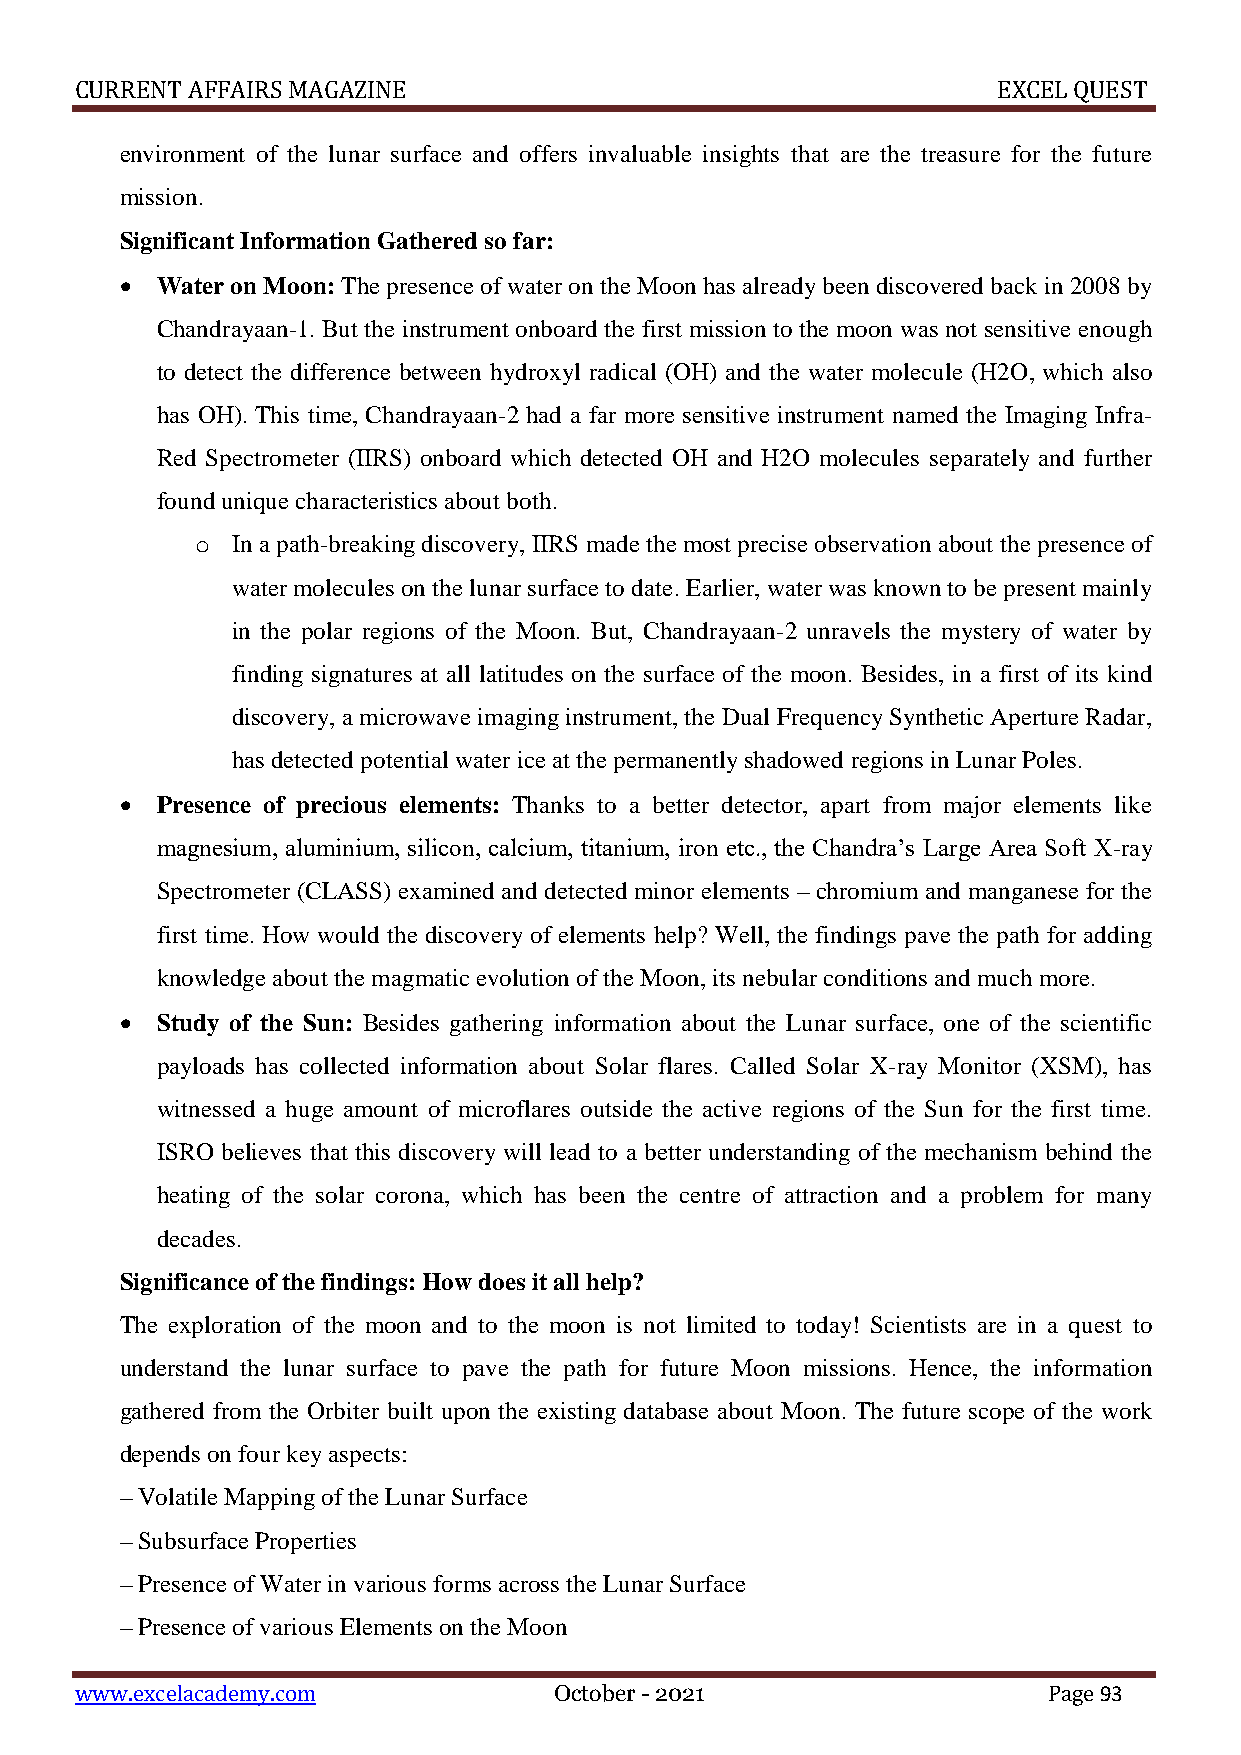
CURRENT AFFAIRS MAGAZINE                                     EXCEL QUEST
 environment of the lunar surface and offers invaluable insights that are the treasure for the future
 mission.
 Significant Information Gathered so far:
  Water on Moon: The presence of water on the Moon has already been discovered back in 2008 by
 Chandrayaan-1. But the instrument onboard the first mission to the moon was not sensitive enough
 to detect the difference between hydroxyl radical (OH) and the water molecule (H2O, which also
 has OH). This time, Chandrayaan-2 had a far more sensitive instrument named the Imaging Infra-
 Red Spectrometer (IIRS) onboard which detected OH and H2O molecules separately and further
 found unique characteristics about both.
 o In a path-breaking discovery, IIRS made the most precise observation about the presence of
 water molecules on the lunar surface to date. Earlier, water was known to be present mainly
 in the polar regions of the Moon. But, Chandrayaan-2 unravels the mystery of water by
 finding signatures at all latitudes on the surface of the moon. Besides, in a first of its kind
 discovery, a microwave imaging instrument, the Dual Frequency Synthetic Aperture Radar,
 has detected potential water ice at the permanently shadowed regions in Lunar Poles.
  Presence of precious elements: Thanks to a better detector, apart from major elements like
 magnesium, aluminium, silicon, calcium, titanium, iron etc., the Chandra’s Large Area Soft X-ray
 Spectrometer (CLASS) examined and detected minor elements – chromium and manganese for the
 first time. How would the discovery of elements help? Well, the findings pave the path for adding
 knowledge about the magmatic evolution of the Moon, its nebular conditions and much more.
  Study of the Sun: Besides gathering information about the Lunar surface, one of the scientific
 payloads has collected information about Solar flares. Called Solar X-ray Monitor (XSM), has
 witnessed a huge amount of microflares outside the active regions of the Sun for the first time.
 ISRO believes that this discovery will lead to a better understanding of the mechanism behind the
 heating of the solar corona, which has been the centre of attraction and a problem for many
 decades.
 Significance of the findings: How does it all help?
 The exploration of the moon and to the moon is not limited to today! Scientists are in a quest to
 understand the lunar surface to pave the path for future Moon missions. Hence, the information
 gathered from the Orbiter built upon the existing database about Moon. The future scope of the work
 depends on four key aspects:
 – Volatile Mapping of the Lunar Surface
 – Subsurface Properties
 – Presence of Water in various forms across the Lunar Surface
 – Presence of various Elements on the Moon
 www.excelacademy.com            October - 2021                  Page 93